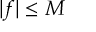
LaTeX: | f | \leq { M }